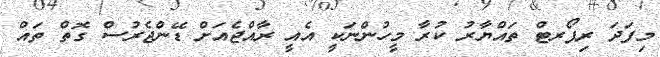
މިފަދަ ރިޕޯރޓް ތައްޔާރު ކުރާ މީހުންނަކީ އެއީ ރާއްޖެއަށް ޑޭންޖެރުސް ގޮތް ތައް